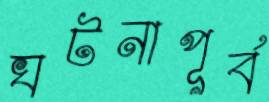
ঘটনাপূর্ব